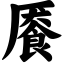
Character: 餍